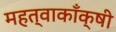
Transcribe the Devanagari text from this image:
महत्वाकाँक्षी